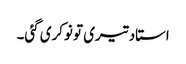
استاد تیری تو نوکری گئی۔